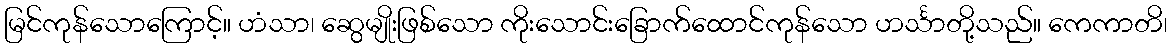
မြင်ကုန်သောကြောင့်။ ဟံသာ၊ ဆွေမျိုးဖြစ်သော ကိုးသောင်းခြောက်ထောင်ကုန်သော ဟင်္သာတို့သည်။ ကေကာတိ၊